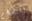
التضخم